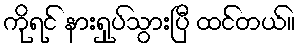
ကိုရင် နားရှုပ်သွားပြီ ထင်တယ်။